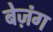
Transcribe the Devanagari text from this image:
बेज़ंग